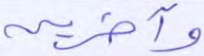
وآخرين